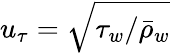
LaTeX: u_{\tau}=\sqrt{\tau_{w}/\bar{\rho}_{w}}